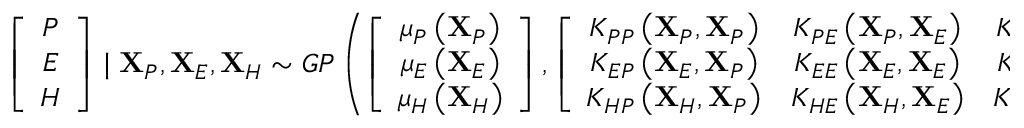
\left[ \begin{array} { c } { P } \\ { E } \\ { H } \end{array} \right] \mid \mathbf { X } _ { P } , \mathbf { X } _ { E } , \mathbf { X } _ { H } \sim G P \left( \left[ \begin{array} { c } { \mu _ { P } \left( \mathbf { X } _ { P } \right) } \\ { \mu _ { E } \left( \mathbf { X } _ { E } \right) } \\ { \mu _ { H } \left( \mathbf { X } _ { H } \right) } \end{array} \right] , \left[ \begin{array} { c c c } { K _ { P P } \left( \mathbf { X } _ { P } , \mathbf { X } _ { P } \right) } & { K _ { P E } \left( \mathbf { X } _ { P } , \mathbf { X } _ { E } \right) } & { K _ { P H } \left( \mathbf { X } _ { P } , \mathbf { X } _ { H } \right) } \\ { K _ { E P } \left( \mathbf { X } _ { E } , \mathbf { X } _ { P } \right) } & { K _ { E E } \left( \mathbf { X } _ { E } , \mathbf { X } _ { E } \right) } & { K _ { E H } \left( \mathbf { X } _ { E } , \mathbf { X } _ { H } \right) } \\ { K _ { H P } \left( \mathbf { X } _ { H } , \mathbf { X } _ { P } \right) } & { K _ { H E } \left( \mathbf { X } _ { H } , \mathbf { X } _ { E } \right) } & { K _ { H H } \left( \mathbf { X } _ { H } , \mathbf { X } _ { H } \right) } \end{array} \right] \right)